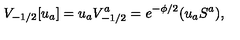
V _ { - 1 / 2 } [ u _ { a } ] = u _ { a } V _ { - 1 / 2 } ^ { a } = e ^ { - \phi / 2 } ( u _ { a } S ^ { a } ) ,